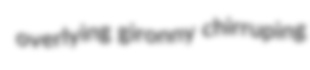
overlying gironny chirruping